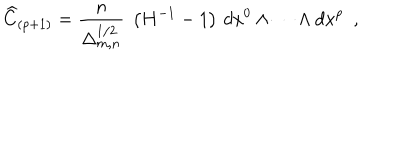
{ \widehat C } _ { ( p + 1 ) } = \frac { n } { \Delta _ { m , n } ^ { 1 / 2 } } ~ \left( { H } ^ { - 1 } - 1 \right) \, d x ^ { 0 } \wedge \cdots \wedge d x ^ { p } ~ ~ ,